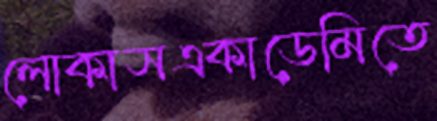
লোকাসএকাডেমিতে